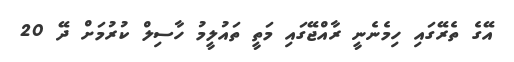
އޭގެ ތެރޭގައި ހިމެނެނީ ރާއްޖޭގައި މަތީ ތައުލީމު ހާސިލް ކުރުމަށް ދޭ 20